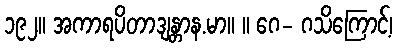
၁၉၂။ အကာရပိတာဒျန္တာန.မာ။ ။ ဂေ- ဂသိကြောင့်၊